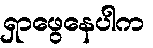
ရှာဖွေနေပါက